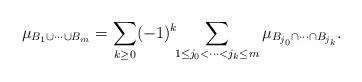
LaTeX: \begin{align*}\mu_{B_1 \cup \cdots \cup B_m}=\sum_{k \geq 0} (-1)^k \!\!\sum_{1 \leq j_0 < \cdots < j_k \leq m} \mu_{B_{j_0} \cap \cdots \cap B_{j_k}}.\end{align*}